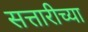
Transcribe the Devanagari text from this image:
सत्तारीच्या